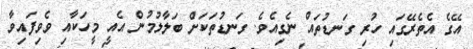
އޭގެ އެތެރޭގައި ހުރި ގަނޑުތައް ނެގިއެވެ. ގަނޑުތަކަށް ބަލާލުމުން އެއީ މީހަކާއި ވެވިފައިވާ